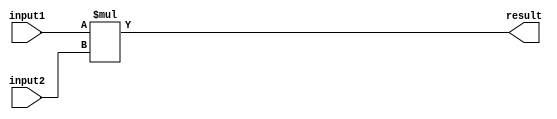
module signed_multiplier (
    input signed [15:0] input1,
    input signed [15:0] input2,
    output reg signed [31:0] result
);

reg signed [31:0] product;

always @(input1, input2) begin
    product = input1 * input2;
    result = product;
end

endmodule